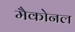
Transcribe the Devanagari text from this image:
मैकोनल